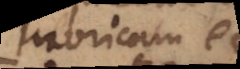
lubricam et